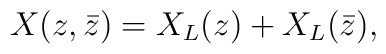
X(z,\bar z) = X_L(z) + X_L(\bar z),